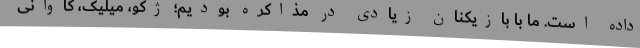
داده است. ما با بازیکنان زیادی در مذاکره بودیم؛ ژکو، میلیک، کاوانی